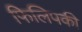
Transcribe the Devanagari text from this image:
फिलिपकी